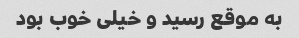
به موقع رسید و خیلی خوب بود